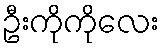
ဦးကိုကိုလေး